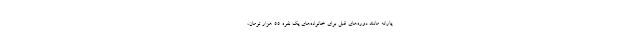
یارانه مانند دوره‌های قبل برای خانواده‌های یک نفره ۵۵ هزار تومان،